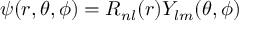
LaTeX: \psi ( r , \theta , \phi ) = R _ { n l } ( r ) Y _ { l m } ( \theta , \phi )